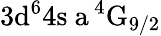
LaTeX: \mathrm{3d^{6}4s\ a\, ^{4}G_{9/2}}